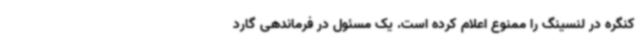
کنگره در لنسینگ را ممنوع اعلام کرده است. یک مسئول در فرماندهی گارد